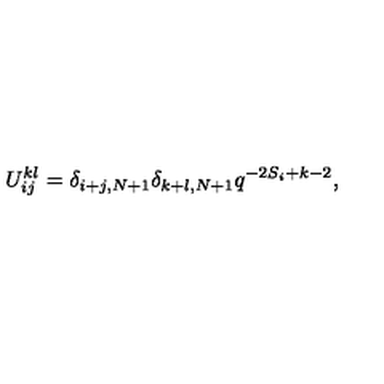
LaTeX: U _ { i j } ^ { k l } = \delta _ { i + j , N + 1 } \delta _ { k + l , N + 1 } q ^ { - 2 S _ { i } + k - 2 } ,